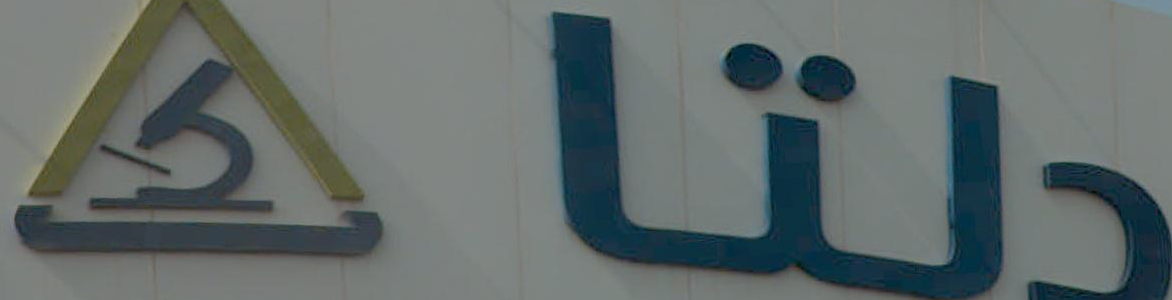
ALE